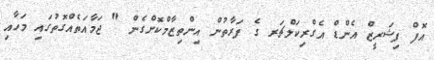
އޮފް ފިޝަރީޒް އެންޑް އެގްރިކަލްޗަރ ގެ ފަރާތުން އިންތިޒާމްކޮށްގެން " ޖަމާއަތެއްގޮތުގައި މަހާއި